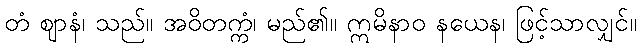
တံ ဈာနံ၊ သည်။ အဝိတက္ကံ၊ မည်၏။ ဣမိနာဝ နယေန၊ ဖြင့်သာလျှင်။